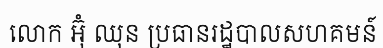
លោក អ៊ុំ ឈុន ប្រធានរដ្ឋបាលសហគមន៍